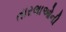
તારલાઓની